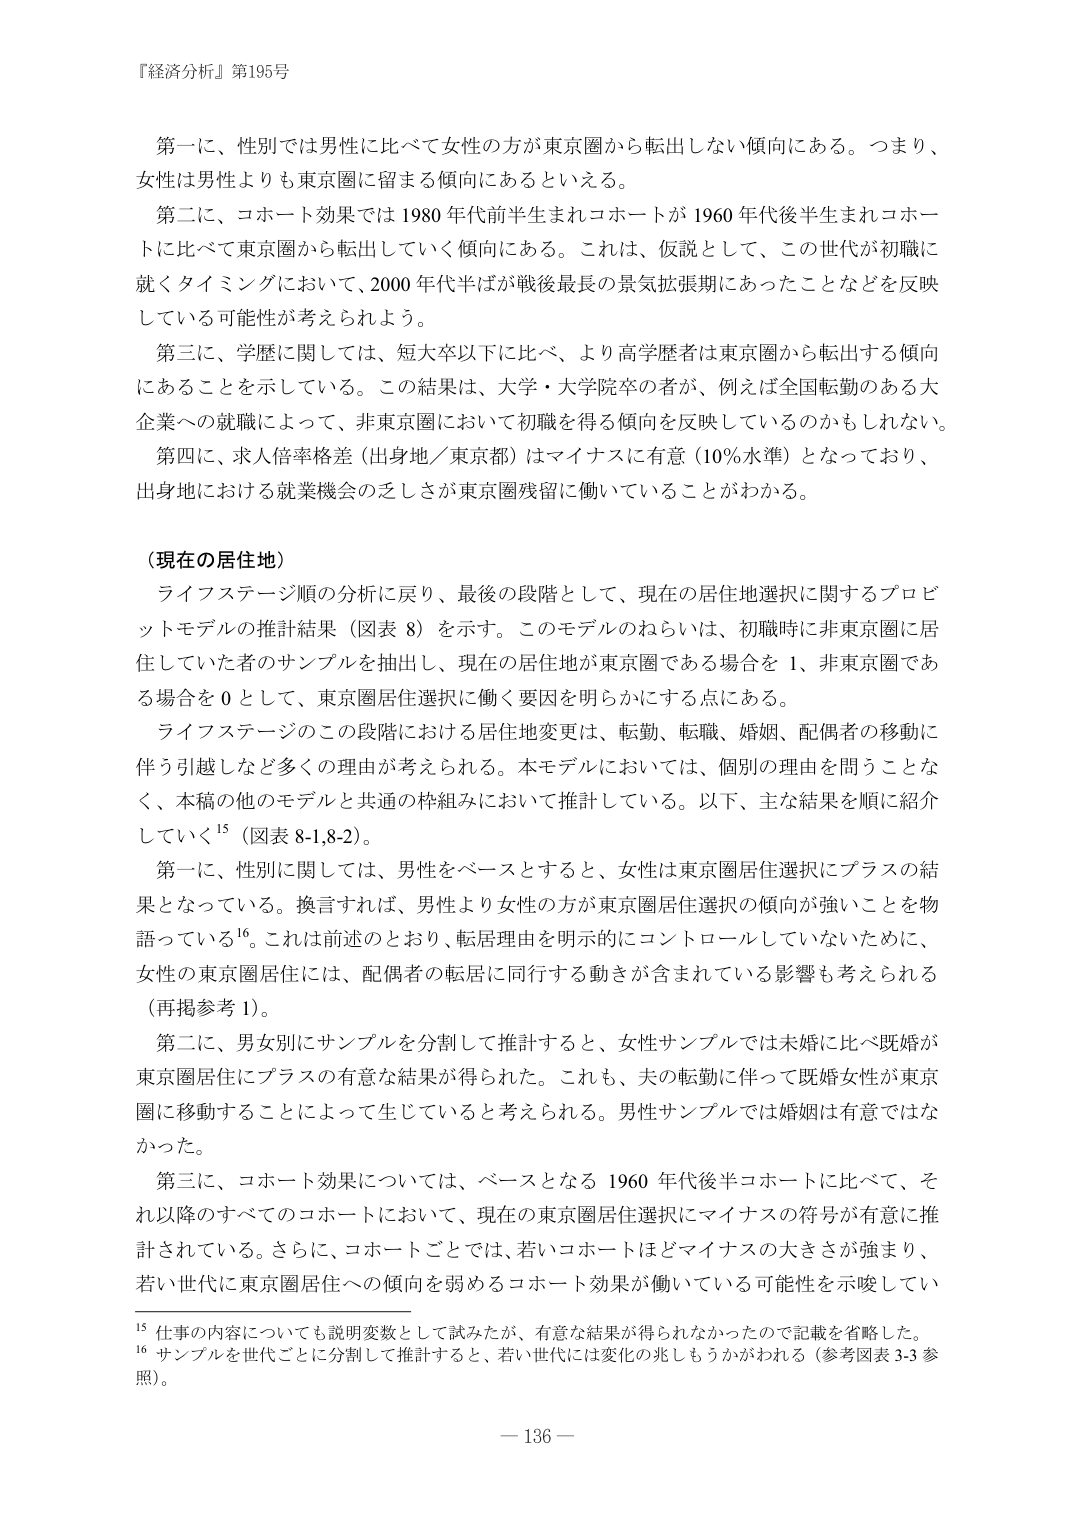
『経済分析』第195号

第一に、性別では男性に比べて女性の方が東京圏から転出しない傾向にある。つまり、女性は男性よりも東京圏に留まる傾向にあるといえる。

第二に、コホート効果では1980年代前半生まれコホートが1960年代後半生まれコホートに比べて東京圏から転出していく傾向にある。これは、仮説として、この世代が初職に就くタイミングにおいて、2000年代半ばが戦後最長の景気拡張期にあったことなどを反映している可能性が考えられよう。

第三に、学歴に関しては、短大卒以下に比べ、より高学歴者は東京圏から転出する傾向にあることを示している。この結果は、大学・大学院卒の者が、例えば全国転勤のある大企業への就職によって、非東京圏において初職を得る傾向を反映しているのかもしれない。

第四に、求人倍率格差（出身地／東京都）はマイナスに有意（10％水準）となっており、出身地における就業機会の乏しさが東京圏残留に働いていることがわかる。

（現在の居住地）

ライフステージ順の分析に戻り、最後の段階として、現在の居住地選択に関するプロビットモデルの推計結果（図表8）を示す。このモデルのねらいは、初職時に非東京圏に居住していた者のサンプルを抽出し、現在の居住地が東京圏である場合を1、非東京圏である場合を0として、東京圏居住選択に働く要因を明らかにする点にある。

ライフステージのこの段階における居住地変更は、転勤、転職、婚姻、配偶者の移動に伴う引越しなど多くの理由が考えられる。本モデルにおいては、個別の理由を問うことなく、本稿の他のモデルと共通の枠組みにおいて推計している。以下、主な結果を順に紹介していく15（図表8-1,8-2）。

第一に、性別に関しては、男性をベースとすると、女性は東京圏居住選択にプラスの結果となっている。換言すれば、男性より女性の方が東京圏居住選択の傾向が強いことを物語っている16。これは前述のとおり、転居理由を明示的にコントロールしていないために、女性の東京圏居住には、配偶者の転居に同行する動きが含まれている影響も考えられる（再掲参考1）。

第二に、男女別にサンプルを分割して推計すると、女性サンプルでは未婚に比べ既婚が東京圏居住にプラスの有意な結果が得られた。これも、夫の転勤に伴って既婚女性が東京圏に移動することによって生じていると考えられる。男性サンプルでは婚姻は有意ではなかった。

第三に、コホート効果については、ベースとなる1960年代後半コホートに比べて、それ以降のすべてのコホートにおいて、現在の東京圏居住選択にマイナスの符号が有意に推計されている。さらに、コホートごとでは、若いコホートほどマイナスの大きさが強まり、若い世代に東京圏居住への傾向を弱めるコホート効果が働いている可能性を示唆してい

15 仕事の内容についても説明変数として試みたが、有意な結果が得られなかったので記載を省略した。
16 サンプルを世代ごとに分割して推計すると、若い世代には変化の兆しもうかがわれる（参考図表3-3参照）。

— 136 —